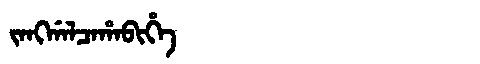
Manchu: ᠵᠠᠩᡤᠠᠯᠴᠠᡥᠠᠪᡳᡥᡝ
Romanization: JANGGALCAHABIHE